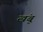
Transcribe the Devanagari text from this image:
खंबू